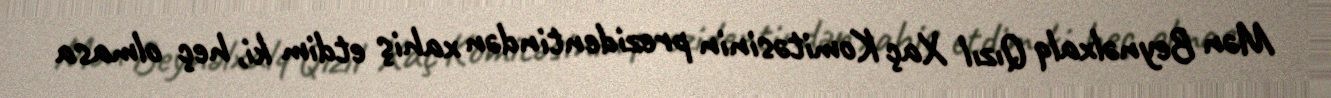
Mən Beynəlxalq Qızıl Xaç Komitəsinin prezidentindən xahiş etdim ki, heç olmasa